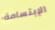
الإبتسامة